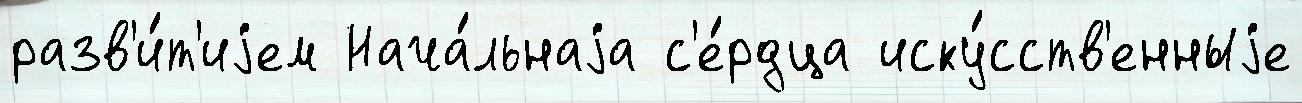
разв'и́т'иjем Нача́льнаjа с'е́рдца иску́сств'енныjе